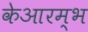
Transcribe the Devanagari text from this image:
केआरम्भ